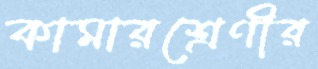
কামারশ্রেণীর